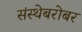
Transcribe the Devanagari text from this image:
संस्थेबरोबर